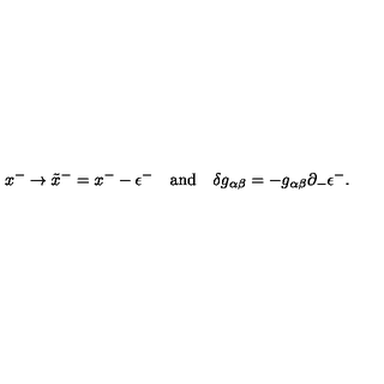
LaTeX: x ^ { - } \rightarrow \tilde { x } ^ { - } = x ^ { - } - \epsilon ^ { - } \quad \mathrm { a n d } \quad \delta g _ { \alpha \beta } = - g _ { \alpha \beta } \partial _ { - } \epsilon ^ { - } .